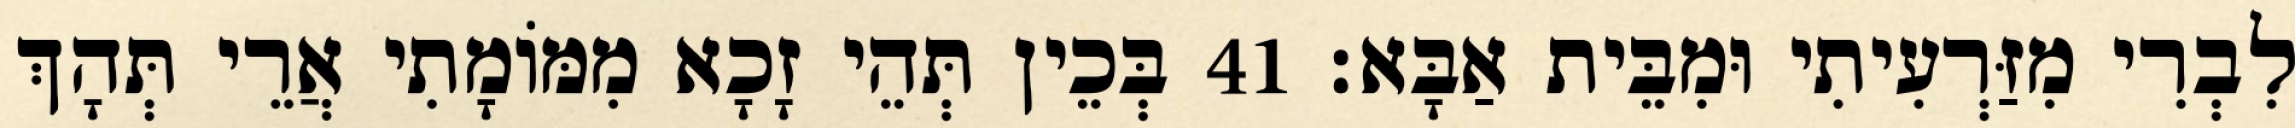
לִבְרִי מִזַּרְעִיתִי וּמִבֵּית אַבָּא׃ 41 בְּכֵין תְּהֵי זָכָא מִמּוֹמָתִי אֲרֵי תְּהָךְ